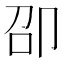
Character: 卲